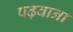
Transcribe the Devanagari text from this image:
पढ़वाना